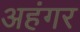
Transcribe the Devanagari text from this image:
अहंगर